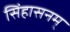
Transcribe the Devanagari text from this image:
सिंहासनम्